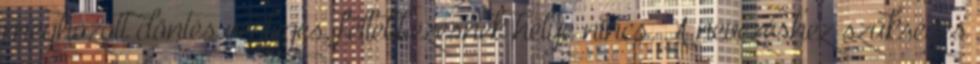
meghozott döntés végleges, fellebbezésnek helye nincs. A nevezéshez szükséges